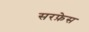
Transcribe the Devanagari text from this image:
सरफ़ेस